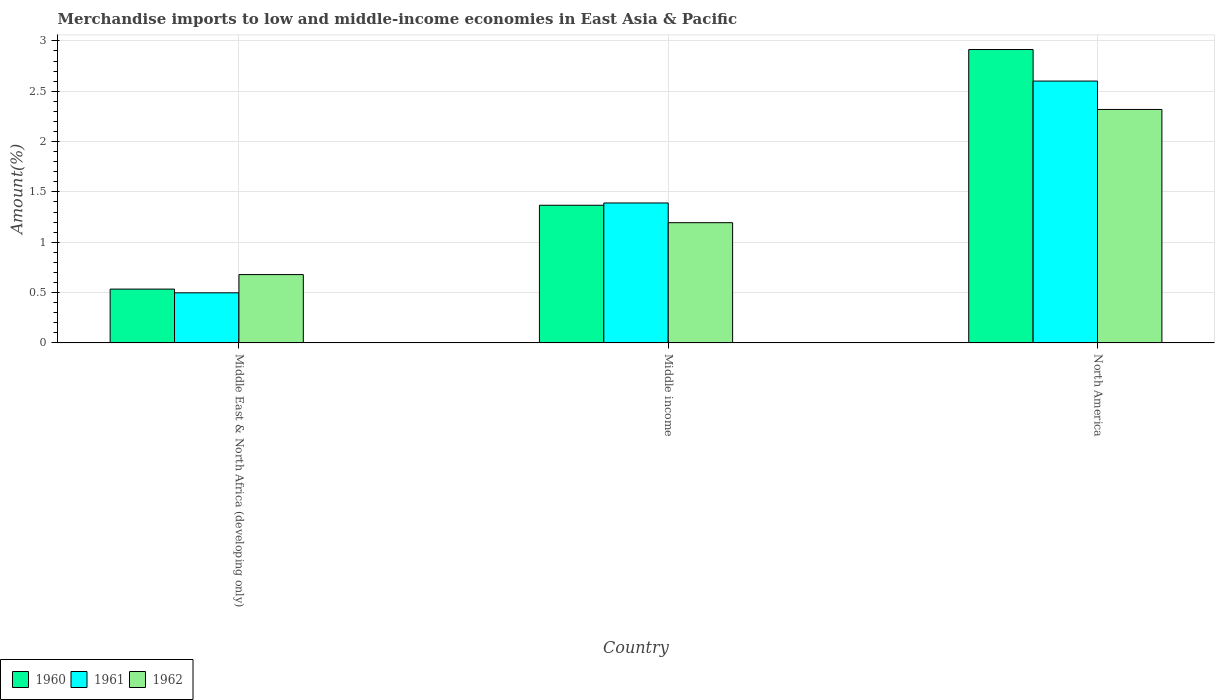
| Country | 1960 | 1961 | 1962 |
 | --- | --- | --- | --- |
 | Middle East & North Africa (developing only) | 0.535 | 0.498 | 0.679 |
 | Middle income | 1.37 | 1.39 | 1.19 |
 | North America | 2.91 | 2.6 | 2.32 |